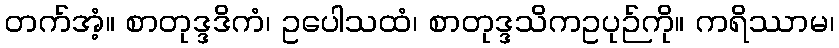
တက်အံ့။ စာတုဒ္ဒဒိကံ၊ ဥပေါသထံ၊ စာတုဒ္ဒသိကဥပုဉ်ကို။ ကရိဿာမ၊